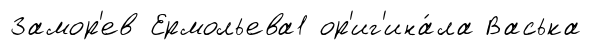
Замор'ев Ермольева1 ор'иг'ина́ла Васька